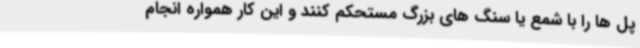
پل ها را با شمع یا سنگ های بزرگ مستحکم کنند و این کار همواره انجام